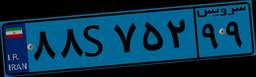
۸۸S۷۵۲۹۹